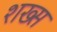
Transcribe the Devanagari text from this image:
शख्‍स